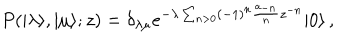
P ( | \lambda \rangle , | \mu \rangle ; z ) = \delta _ { \lambda \mu } e ^ { - \lambda \sum _ { n > 0 } ( - 1 ) ^ { n } { \frac { a _ { - n } } { n } } z ^ { - n } } | 0 \rangle \, ,